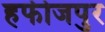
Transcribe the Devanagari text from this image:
हफीजपुर